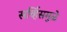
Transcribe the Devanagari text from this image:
सर्व्हिसमुळे